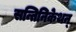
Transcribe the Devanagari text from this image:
सन्तिनिकेथन्